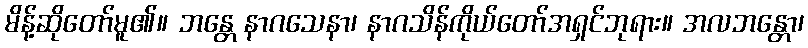
မိန့်ဆိုတော်မူ၏။ ဘန္တေ နာဂသေနာ၊ နာဂသိန်ကိုယ်တော်အရှင်ဘုရား။ အလဘန္တော၊